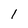
Character: I